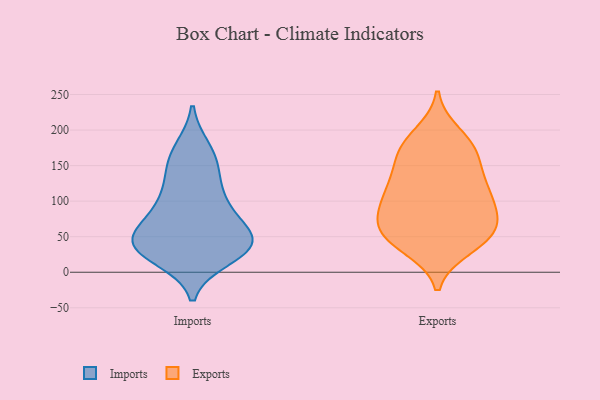
{"axis": {"x": "Bounce Rate (%)", "y": "Value"}, "legend": ["Exports", "Imports"], "data": [{"x": "", "y": 31, "type": "Imports"}, {"x": "", "y": 147, "type": "Imports"}, {"x": "", "y": 35, "type": "Imports"}, {"x": "", "y": 82, "type": "Imports"}, {"x": "", "y": 133, "type": "Imports"}, {"x": "", "y": 36, "type": "Imports"}, {"x": "", "y": 39, "type": "Imports"}, {"x": "", "y": 173, "type": "Imports"}, {"x": "", "y": 42, "type": "Imports"}, {"x": "", "y": 49, "type": "Imports"}, {"x": "", "y": 79, "type": "Imports"}, {"x": "", "y": 47, "type": "Imports"}, {"x": "", "y": 21, "type": "Imports"}, {"x": "", "y": 166, "type": "Imports"}, {"x": "", "y": 105, "type": "Imports"}, {"x": "", "y": 98, "type": "Imports"}, {"x": "", "y": 42, "type": "Imports"}, {"x": "", "y": 77, "type": "Exports"}, {"x": "", "y": 51, "type": "Exports"}, {"x": "", "y": 82, "type": "Exports"}, {"x": "", "y": 166, "type": "Exports"}, {"x": "", "y": 106, "type": "Exports"}, {"x": "", "y": 87, "type": "Exports"}, {"x": "", "y": 174, "type": "Exports"}, {"x": "", "y": 44, "type": "Exports"}, {"x": "", "y": 35, "type": "Exports"}, {"x": "", "y": 180, "type": "Exports"}, {"x": "", "y": 104, "type": "Exports"}, {"x": "", "y": 58, "type": "Exports"}, {"x": "", "y": 62, "type": "Exports"}, {"x": "", "y": 46, "type": "Exports"}, {"x": "", "y": 160, "type": "Exports"}, {"x": "", "y": 123, "type": "Exports"}, {"x": "", "y": 129, "type": "Exports"}, {"x": "", "y": 124, "type": "Exports"}, {"x": "", "y": 194, "type": "Exports"}]}